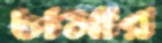
চামার